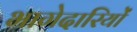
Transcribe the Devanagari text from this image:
भागेदारियों